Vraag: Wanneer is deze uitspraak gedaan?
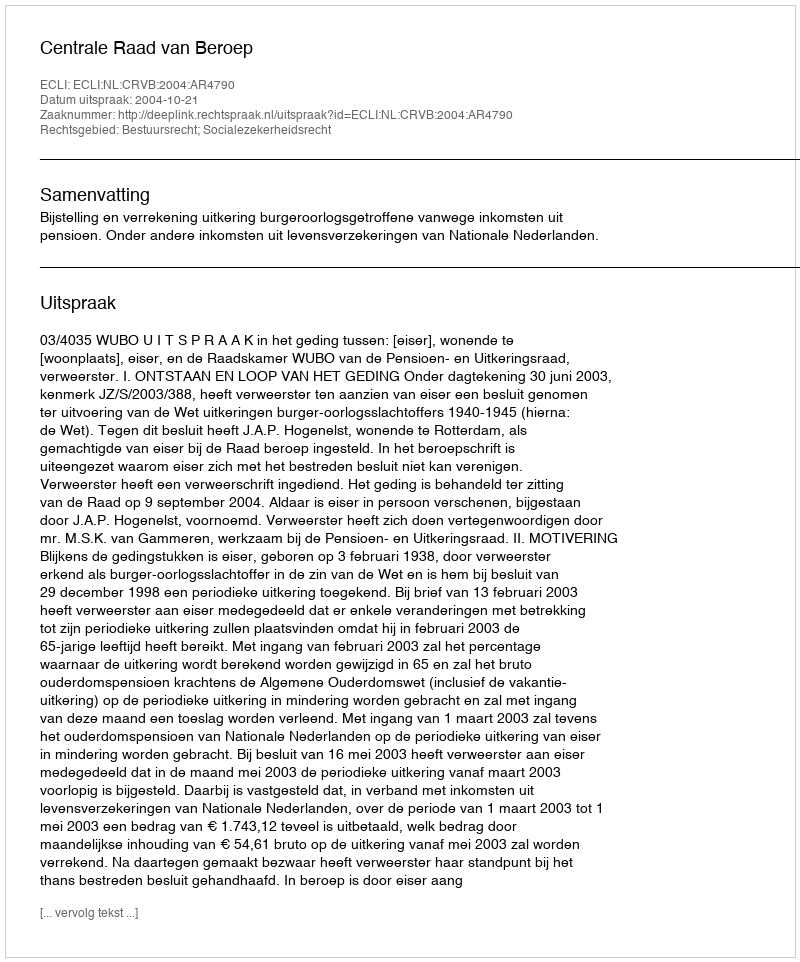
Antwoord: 2004-10-21